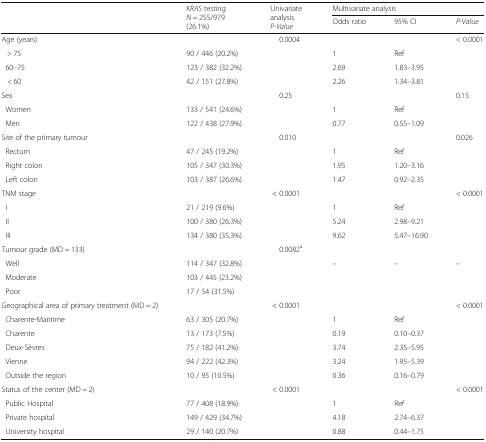
<table><thead><tr><td rowspan="2">[EMPTY_CELL]</td><td rowspan="2"><b><i>KRAS</i> testing<i>N</i> = 255/979 (26.1%)</b></td><td rowspan="2"><b>Univariate analysis<i>P-Value</i></b></td><td colspan="3"><b>Multivariate analysis</b></td></tr><tr><td><b>Odds ratio</b></td><td><b>95% CI</b></td><td><b><i>P-Value</i></b></td></tr></thead><tbody><tr><td>Age (years)</td><td>[EMPTY_CELL]</td><td>0.0004</td><td>[EMPTY_CELL]</td><td>[EMPTY_CELL]</td><td>&lt; 0.0001</td></tr><tr><td>&gt; 75</td><td>90 / 446 (20.2%)</td><td>[EMPTY_CELL]</td><td>1</td><td>Ref</td><td>[EMPTY_CELL]</td></tr><tr><td> 60–75</td><td>123 / 382 (32.2%)</td><td>[EMPTY_CELL]</td><td>2.69</td><td>1.83–3.95</td><td>[EMPTY_CELL]</td></tr><tr><td>&lt; 60</td><td>42 / 151 (27.8%)</td><td>[EMPTY_CELL]</td><td>2.26</td><td>1.34–3.81</td><td>[EMPTY_CELL]</td></tr><tr><td>Sex</td><td>[EMPTY_CELL]</td><td>0.25</td><td>[EMPTY_CELL]</td><td>[EMPTY_CELL]</td><td>0.15</td></tr><tr><td> Women</td><td>133 / 541 (24.6%)</td><td>[EMPTY_CELL]</td><td>1</td><td>Ref</td><td>[EMPTY_CELL]</td></tr><tr><td> Men</td><td>122 / 438 (27.9%)</td><td>[EMPTY_CELL]</td><td>0.77</td><td>0.55–1.09</td><td>[EMPTY_CELL]</td></tr><tr><td>Site of the primary tumour</td><td>[EMPTY_CELL]</td><td>0.010</td><td>[EMPTY_CELL]</td><td>[EMPTY_CELL]</td><td>0.026</td></tr><tr><td> Rectum</td><td>47 / 245 (19.2%)</td><td>[EMPTY_CELL]</td><td>1</td><td>Ref</td><td>[EMPTY_CELL]</td></tr><tr><td> Right colon</td><td>105 / 347 (30.3%)</td><td>[EMPTY_CELL]</td><td>1.95</td><td>1.20–3.16</td><td>[EMPTY_CELL]</td></tr><tr><td> Left colon</td><td>103 / 387 (26.6%)</td><td>[EMPTY_CELL]</td><td>1.47</td><td>0.92–2.35</td><td>[EMPTY_CELL]</td></tr><tr><td>TNM stage</td><td>[EMPTY_CELL]</td><td>&lt; 0.0001</td><td>[EMPTY_CELL]</td><td>[EMPTY_CELL]</td><td>&lt; 0.0001</td></tr><tr><td> I</td><td>21 / 219 (9.6%)</td><td>[EMPTY_CELL]</td><td>1</td><td>Ref</td><td>[EMPTY_CELL]</td></tr><tr><td> II</td><td>100 / 380 (26.3%)</td><td>[EMPTY_CELL]</td><td>5.24</td><td>2.98–9.21</td><td>[EMPTY_CELL]</td></tr><tr><td> III</td><td>134 / 380 (35.3%)</td><td>[EMPTY_CELL]</td><td>9.62</td><td>5.47–16.90</td><td>[EMPTY_CELL]</td></tr><tr><td>Tumour grade (MD = 133)</td><td>[EMPTY_CELL]</td><td>0.0082<sup>a</sup></td><td>[EMPTY_CELL]</td><td>[EMPTY_CELL]</td><td>[EMPTY_CELL]</td></tr><tr><td> Well</td><td>114 / 347 (32.8%)</td><td>[EMPTY_CELL]</td><td>–</td><td>–</td><td>–</td></tr><tr><td> Moderate</td><td>103 / 445 (23.2%)</td><td>[EMPTY_CELL]</td><td>[EMPTY_CELL]</td><td>[EMPTY_CELL]</td><td>[EMPTY_CELL]</td></tr><tr><td> Poor</td><td>17 / 54 (31.5%)</td><td>[EMPTY_CELL]</td><td>[EMPTY_CELL]</td><td>[EMPTY_CELL]</td><td>[EMPTY_CELL]</td></tr><tr><td>Geographical area of primary treatment (MD = 2)</td><td>[EMPTY_CELL]</td><td>&lt; 0.0001</td><td>[EMPTY_CELL]</td><td>[EMPTY_CELL]</td><td>&lt; 0.0001</td></tr><tr><td> Charente-Maritime</td><td>63 / 305 (20.7%)</td><td>[EMPTY_CELL]</td><td>1</td><td>Ref</td><td>[EMPTY_CELL]</td></tr><tr><td> Charente</td><td>13 / 173 (7.5%)</td><td>[EMPTY_CELL]</td><td>0.19</td><td>0.10–0.37</td><td>[EMPTY_CELL]</td></tr><tr><td> Deux-Sèvres</td><td>75 / 182 (41.2%)</td><td>[EMPTY_CELL]</td><td>3.74</td><td>2.35–5.95</td><td>[EMPTY_CELL]</td></tr><tr><td> Vienne</td><td>94 / 222 (42.3%)</td><td>[EMPTY_CELL]</td><td>3.24</td><td>1.95–5.39</td><td>[EMPTY_CELL]</td></tr><tr><td> Outside the region</td><td>10 / 95 (10.5%)</td><td>[EMPTY_CELL]</td><td>0.36</td><td>0.16–0.79</td><td>[EMPTY_CELL]</td></tr><tr><td>Status of the center (MD = 2)</td><td>[EMPTY_CELL]</td><td>&lt; 0.0001</td><td>[EMPTY_CELL]</td><td>[EMPTY_CELL]</td><td>&lt; 0.0001</td></tr><tr><td> Public Hospital</td><td>77 / 408 (18.9%)</td><td>[EMPTY_CELL]</td><td>1</td><td>Ref</td><td>[EMPTY_CELL]</td></tr><tr><td> Private hospital</td><td>149 / 429 (34.7%)</td><td>[EMPTY_CELL]</td><td>4.18</td><td>2.74–6.37</td><td>[EMPTY_CELL]</td></tr><tr><td> University hospital</td><td>29 / 140 (20.7%)</td><td>[EMPTY_CELL]</td><td>0.88</td><td>0.44–1.75</td><td>[EMPTY_CELL]</td></tr></tbody></table>